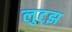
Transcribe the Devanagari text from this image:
लुट्झ